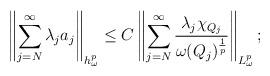
LaTeX: \begin{align*}\left \|\sum\limits_{j=N}^{\infty}\lambda_{j}a_{j}\right \|_{h_{\omega}^{p}}\leq C\left \|\sum\limits_{j=N}^{\infty}\frac{\lambda_j \chi_{Q_j}}{\omega(Q_j)^{\frac{1}{p}}}\right \|_{L_{\omega}^{p}};\end{align*}